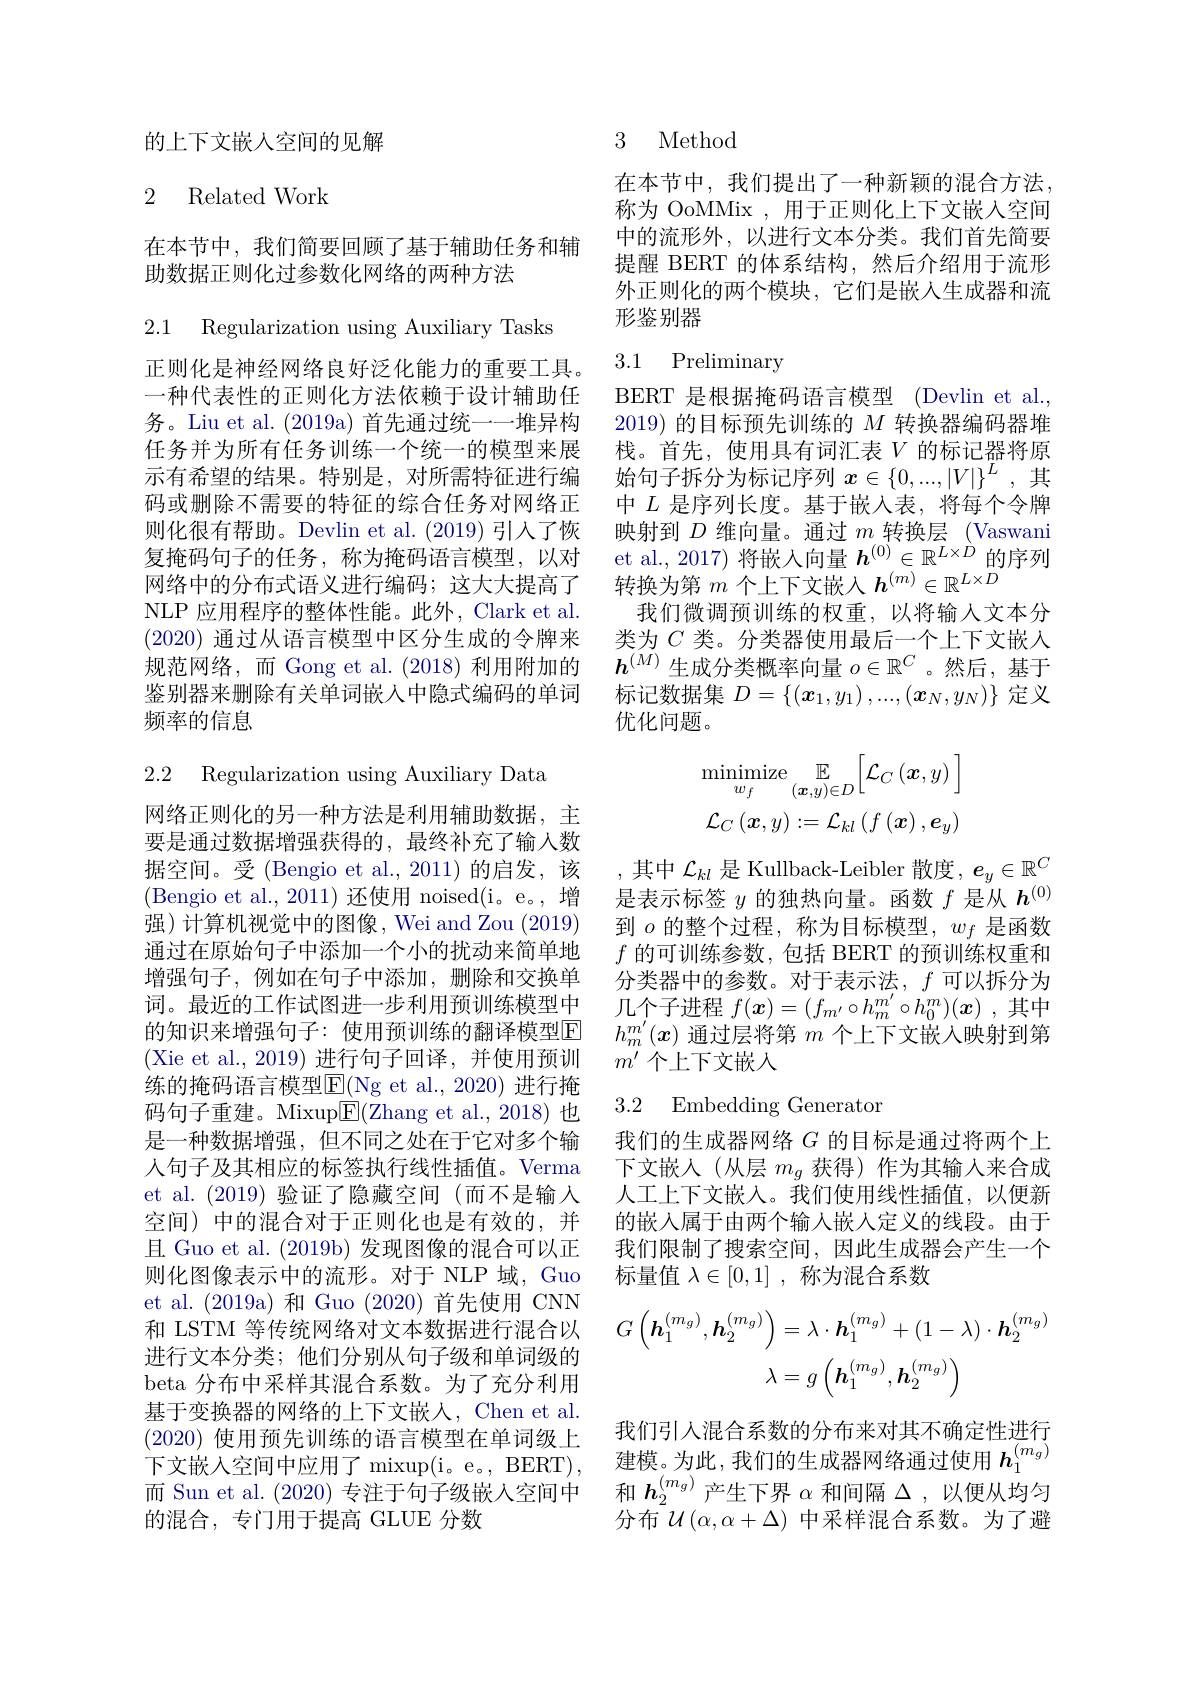
的上下文嵌入空间的见解

## 2 Related Work

在本节中，我们简要回顾了基于辅助任务和辅
助数据正则化过参数化网络的两种方法

2.1 Regularization using Auxiliary Tasks

正则化是神经网络良好泛化能力的重要工具。一种代表性的正则化方法依赖于设计辅助任务。Liu et al. (2019a) 首先通过统一一堆异构任务并为所有任务训练一个统一的模型来展示有希望的结果。特别是，对所需特征进行编码或删除不需要的特征的综合任务对网络正则化很有帮助。Devlin et al. (2019)引入了恢复掩码句子的任务，称为掩码语言模型，以对网络中的分布式语义进行编码；这大大提高了NLP 应用程序的整体性能。此外，Clark et al. (2020)通过从语言模型中区分生成的令牌来规范网络，而 Gong et al.(2018)利用附加的鉴别器来删除有关单词嵌入中隐式编码的单词频率的信息

2.2 Regularization using Auxiliary Data

网络正则化的另一种方法是利用辅助数据，主要是通过数据增强获得的，最终补充了输入数据空间。受 (Bengio et al.,2011)的启发，该(Bengio et al., 2011) 还使用 noised(i。e。, 增强)计算机视觉中的图像，Wei and Zou (2019) 通过在原始句子中添加一个小的扰动来简单地增强句子，例如在句子中添加，删除和交换单词。最近的工作试图进一步利用预训练模型中的知识来增强句子：使用预训练的翻译模型$\operatorname{E}$ (Xie et al.,2019)进行句子回译，并使用预训练的掩码语言模型E(Ng et al.,2020) 进行掩码句子重建。Mixup$\underline{\mathrm{E}}($Zhang et al.,2018)也是一种数据增强，但不同之处在于它对多个输人句子及其相应的标签执行线性插值。Verma et al.(2019)验证了隐藏空间(而不是输入空间)中的混合对于正则化也是有效的，并且 Guo et al. (2019b) 发现图像的混合可以正则化图像表示中的流形。对于 NLP 域，Guo et al. (2019a)和 Guo (2020)首先使用 CNN 和 LSTM 等传统网络对文本数据进行混合以进行文本分类；他们分别从句子级和单词级的beta 分布中采样其混合系数。为了充分利用基于变换器的网络的上下文嵌人，Chen et al. (2020)使用预先训练的语言模型在单词级上( 2020) 使 用 顶 先 则 练 的 下 文 嵌 入 空 间 中 应 用 了 mixup( i。e。, BERT) , 建 模 。为 此 ,我 们 的 生 成 器 网 络 通 过 使 用 $h_{1}^{( m_{g}) }$
而 Sun et al. (2020)专注于句子级嵌入空间中
的混合，专门用于提高 GLUE 分数

3 Method

在本节中，我们提出了一种新颖的混合方法， 称为 OoMMix , 用于正则化上下文嵌入空间中的流形外，以进行文本分类。我们首先简要提醒 BERT 的体系结构，然后介绍用于流形外正则化的两个模块，它们是嵌入生成器和流形鉴别器

## 3.1 Preliminary

BERT 是根据掩码语言模型 (Devlin et al., 2019) 的目标预先训练的$M$转换器编码器堆栈。首先，使用具有词汇表$V$的标记器将原始句子拆分为标记序列$x\in\{0,...,|V|\}^L$ ,其中$L$是序列长度。基于嵌入表，将每个令牌映射到$D$维向量。通过$m$转换层 (Vaswani et al., 2017) 将嵌入向量$h^{(0)}\in\mathbb{R}^{L\times D}$的序列转换为第$m$个上下文嵌入$h^(m)\in\mathbb{R}^L\times\tilde{D}$
我们微调预训练的权重，以将输入文本分类为$C$ 类。分类器使用最后一个上下文嵌入$h^{(M)}$生成分类概率向量$o\in\mathbb{R}^C$ 。然后，基于标记数据集$D=\left\{(\boldsymbol{x}_1,y_1),...,(\boldsymbol{x}_N,y_N)\right\}$定义优化问题。
$$\operatorname*{minimize}_{w_{f}}\mathbb{E}_{(\boldsymbol{x},y)\in D}\Big[\mathcal{L}_{C}\left(\boldsymbol{x},y\right)\Big]\\\mathcal{L}_{C}\left(\boldsymbol{x},y\right):=\mathcal{L}_{kl}\left(f\left(\boldsymbol{x}\right),\boldsymbol{e}_{y}\right)$$
,其中$\mathcal{L}_kl$是 Kullback-Leibler 散度$,\boldsymbol e_y\in\mathbb{R}^C$ 是表示标签$y$的独热向量。函数$f$是从$h^{(0)}$ 到$o$的整个过程，称为目标模型，$w_f$是函数$f$的可训练参数，包括 BERT 的预训练权重和分类器中的参数。对于表示法，$f$可以拆分为几个子进程$f(\boldsymbol x)=(f_{m^{\prime}}\circ h_{m}^{m^{\prime}}\circ h_{0}^{m})(\boldsymbol x)$ ,其中$h_m^{m^{\prime}}(x)$通过层将第$m$个上下文嵌入映射到第$m^{\prime}$个上下文嵌入

### 3.2 Embedding Generator

我们的生成器网络$G$的目标是通过将两个上下文嵌入(从层$m_g$获得)作为其输入来合成人工上下文嵌入。我们使用线性插值，以便新的嵌入属于由两个输入嵌入定义的线段。由于我们限制了搜索空间，因此生成器会产生一个标量值$\lambda\in[0,1]$ ,称为混合系数
$$\begin{aligned}G\left(\boldsymbol{h}_{1}^{(m_{g})},\boldsymbol{h}_{2}^{(m_{g})}\right)&=\lambda\cdot\boldsymbol{h}_{1}^{(m_{g})}+(1-\lambda)\cdot\boldsymbol{h}_{2}^{(m_{g})}\\&\lambda=g\left(\boldsymbol{h}_{1}^{(m_{g})},\boldsymbol{h}_{2}^{(m_{g})}\right)\end{aligned}$$
我们引人混合系数的分布来对其不确定性进行和$h_2^{(m_g)}$产生下界$\alpha$和间隔$\Delta$ ,以便从均匀$\bar{\text{分布}U}\left(\alpha,\alpha+\Delta\right)$中采样混合系数。为了避